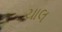
ચાલ